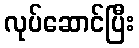
လုပ်ဆောင်ပြီး